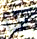
لذا